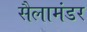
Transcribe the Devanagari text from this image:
सैलामंडर